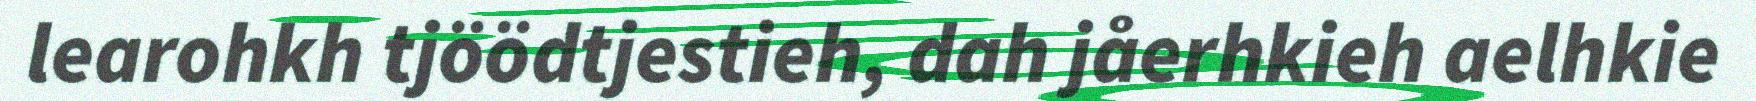
learohkh tjöödtjestieh, dah jåerhkieh aelhkie